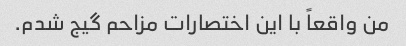
من واقعاً با این اختصارات مزاحم گیج شدم.